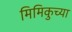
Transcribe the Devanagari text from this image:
मिमिकुच्या